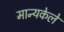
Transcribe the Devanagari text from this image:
मान्यकेले